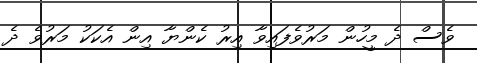
ވެސް ދެ މީހުން މަރުވެފައިވާ އިރު ކެންޔާ އިން އެކަކު މަރުވެ ދެ